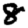
Digit: 8